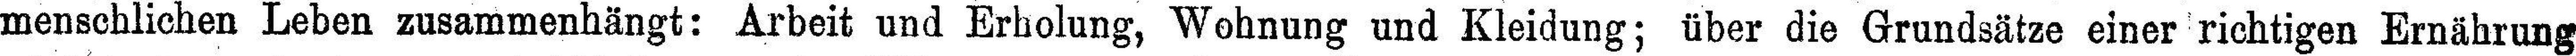
menschlichen Leben zusammenhängt: Arbeit und Erholung, Wohnung und Kleidung; über die Grundsätze einer richtigen Ernährung